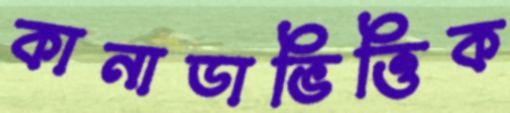
কানাডাভিত্তিক